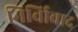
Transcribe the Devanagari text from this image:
निर्विावाद